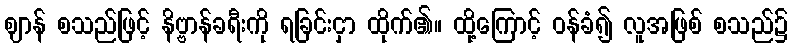
ဈာန် စသည်ဖြင့် နိဗ္ဗာန်ခရီးကို ရခြင်းငှာ ထိုက်၏။ ထို့ကြောင့် ဝန်ခံ၍ လူအဖြစ် စသည်၌